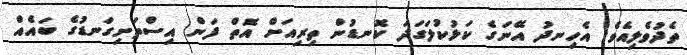
ތެދުވެލިއެވެ. އެހިނދު އޭނަގެ ކަޅުކުލަގަދަ ކޮނޑުން ތިރިއަށް އޮތް ފަން އިސްތަށިގަނޑުގެ ބައެއް